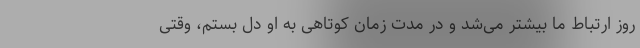
روز ارتباط ما بیشتر می‌شد و در مدت زمان کوتاهی به او دل بستم، وقتی